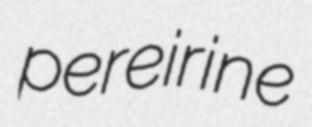
pereirine